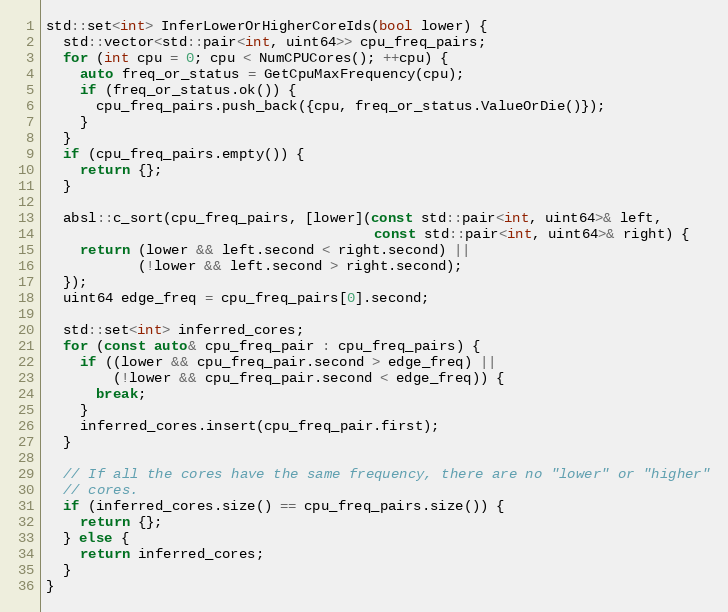
Language: C++
std::set<int> InferLowerOrHigherCoreIds(bool lower) {
  std::vector<std::pair<int, uint64>> cpu_freq_pairs;
  for (int cpu = 0; cpu < NumCPUCores(); ++cpu) {
    auto freq_or_status = GetCpuMaxFrequency(cpu);
    if (freq_or_status.ok()) {
      cpu_freq_pairs.push_back({cpu, freq_or_status.ValueOrDie()});
    }
  }
  if (cpu_freq_pairs.empty()) {
    return {};
  }

  absl::c_sort(cpu_freq_pairs, [lower](const std::pair<int, uint64>& left,
                                       const std::pair<int, uint64>& right) {
    return (lower && left.second < right.second) ||
           (!lower && left.second > right.second);
  });
  uint64 edge_freq = cpu_freq_pairs[0].second;

  std::set<int> inferred_cores;
  for (const auto& cpu_freq_pair : cpu_freq_pairs) {
    if ((lower && cpu_freq_pair.second > edge_freq) ||
        (!lower && cpu_freq_pair.second < edge_freq)) {
      break;
    }
    inferred_cores.insert(cpu_freq_pair.first);
  }

  // If all the cores have the same frequency, there are no "lower" or "higher"
  // cores.
  if (inferred_cores.size() == cpu_freq_pairs.size()) {
    return {};
  } else {
    return inferred_cores;
  }
}